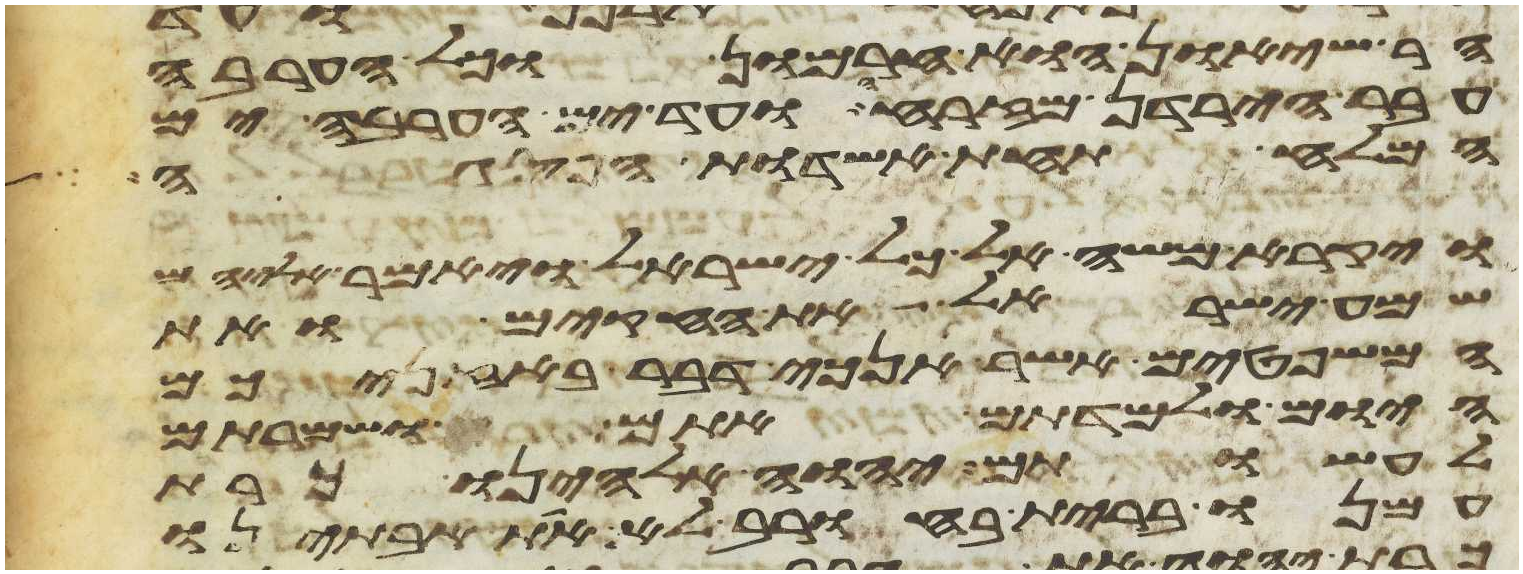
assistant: הר שיאון הוא חרמון וכל הערבה
עבר הירדן מזרחה ועד ים הערבה ים
המלח תחת אשדות הפסגה
ויקרא משה אל כל ישראל ויאמר אליהם
שמע ישראל את החקים ואת
המשפטים אשר אנכי דבר באזניכם
היום ולמדתם אתם ושמרתם
לעשותם יהוה אלהינו כרת
עמנו ברית בחורב לא את אבתינו